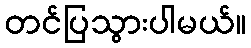
တင်ပြသွားပါမယ်။